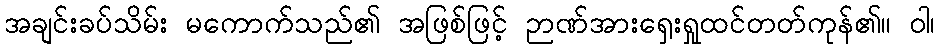
အချင်းခပ်သိမ်း မကောက်သည်၏ အဖြစ်ဖြင့် ဉာဏ်အားရှေးရှုထင်တတ်ကုန်၏။ ဝါ၊